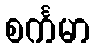
စင်္ကမာ